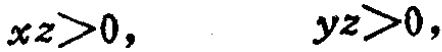
\(xz>0,\ \ \ \ yz>0,\)